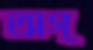
অগ্